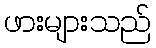
ဖားများသည်